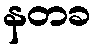
နတခ